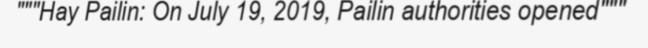
"""Hay Pailin: On July 19, 2019, Pailin authorities opened"""